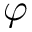
\varphi